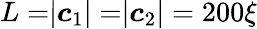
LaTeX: L=\rvert\boldsymbol c_{1}\rvert=\rvert\boldsymbol c_{2}\rvert=200\xi